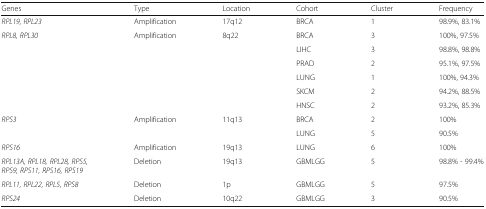
<table><thead><tr><td><b>Genes</b></td><td><b>Type</b></td><td><b>Location</b></td><td><b>Cohort</b></td><td><b>Cluster</b></td><td><b>Frequency</b></td></tr></thead><tbody><tr><td><i>RPL19, RPL23</i></td><td>Amplification</td><td>17q12</td><td>BRCA</td><td>1</td><td>98.9%, 83.1%</td></tr><tr><td rowspan="6"><i>RPL8, RPL30</i></td><td>Amplification</td><td>8q22</td><td>BRCA</td><td>3</td><td>100%, 97.5%</td></tr><tr><td></td><td></td><td>LIHC</td><td>3</td><td>98.8%, 98.8%</td></tr><tr><td></td><td></td><td>PRAD</td><td>2</td><td>95.1%, 97.5%</td></tr><tr><td></td><td></td><td>LUNG</td><td>1</td><td>100%, 94.3%</td></tr><tr><td></td><td></td><td>SKCM</td><td>2</td><td>94.2%, 88.5%</td></tr><tr><td></td><td></td><td>HNSC</td><td>2</td><td>93.2%, 85.3%</td></tr><tr><td rowspan="2"><i>RPS3</i></td><td>Amplification</td><td>11q13</td><td>BRCA</td><td>2</td><td>100%</td></tr><tr><td></td><td></td><td>LUNG</td><td>5</td><td>90.5%</td></tr><tr><td><i>RPS16</i></td><td>Amplification</td><td>19q13</td><td>LUNG</td><td>6</td><td>100%</td></tr><tr><td><i>RPL13A, RPL18, RPL28, RPS5, RPS9, RPS11, RPS16, RPS19</i></td><td>Deletion</td><td>19q13</td><td>GBMLGG</td><td>5</td><td>98.8% - 99.4%</td></tr><tr><td><i>RPL11, RPL22, RPL5, RPS8</i></td><td>Deletion</td><td>1p</td><td>GBMLGG</td><td>5</td><td>97.5%</td></tr><tr><td><i>RPS24</i></td><td>Deletion</td><td>10q22</td><td>GBMLGG</td><td>3</td><td>90.5%</td></tr></tbody></table>